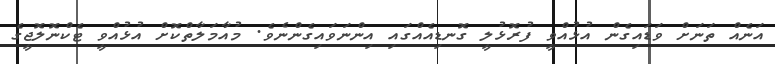
އަނެއް ތަނަށް ވަޑައިގެން އުޅުއްވީ ފުރޮޅުލީ ގޮނޑިއެއްގައި އިންނަވައިގެންނެވެ. މުއާމަލާތްކޮށް އުޅުއްވީ ޓެކްނޮލޮޖީގެ